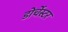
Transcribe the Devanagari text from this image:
डोर्चेस्टर